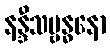
နန္ဒီသမ္ဗန္ဓနော